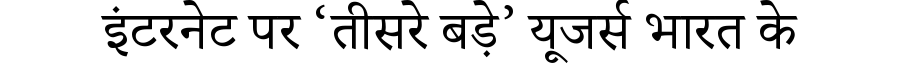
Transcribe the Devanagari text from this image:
इंटरनेट पर ‘तीसरे बड़े’ यूजर्स भारत के